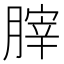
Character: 𦞤